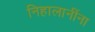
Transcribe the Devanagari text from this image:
निहालानींना